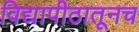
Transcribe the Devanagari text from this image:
विद्यापीठातूनच